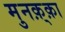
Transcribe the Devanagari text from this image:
मुनक़्क़ा